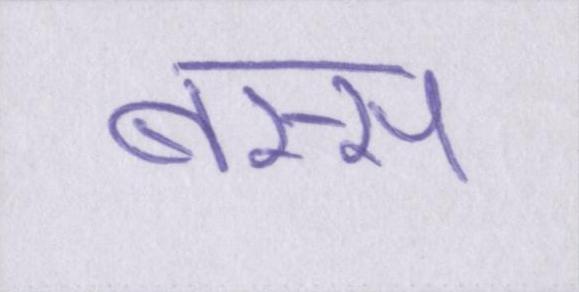
बस्स